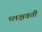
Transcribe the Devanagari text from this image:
प्लक्षवती